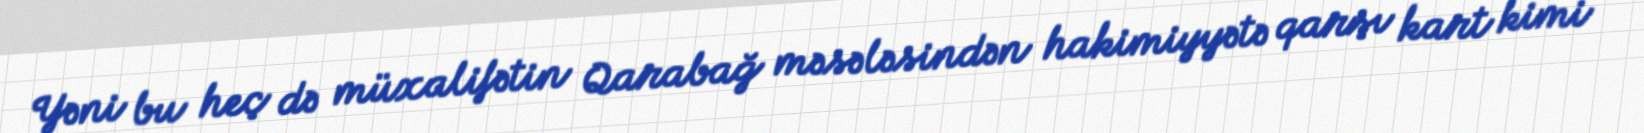
Yəni bu heç də müxalifətin Qarabağ məsələsindən hakimiyyətə qarşı kart kimi